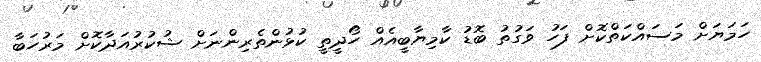
ހަމަޔަށް މަސައްކަތްކޮށް ފަހު ވަގުތު ބޮޑު ކާމިޔާބީއެއް ހޯދީތީ ކުޅުންތެރިންނަށް ޝުކުރުއަދާކޮށް މަރުހަބާ